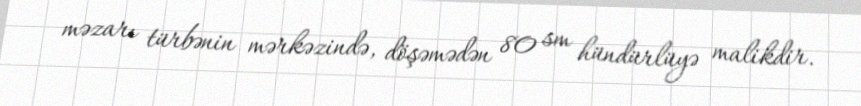
məzarı türbənin mərkəzində, döşəmədən 80 sm hündürlüyə malikdir.